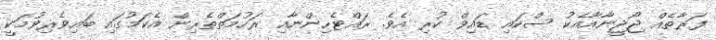
ފަރާތެއް ޖޯޖީނާއާއެކު ސްކައި ޑައިވް ކުރި އެވެ. ރައްޓެހިންނާއި ރަހުމަތްތެރިން އެކަމުގައި ބައިވެރިވުމަކީ